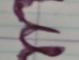
Signature authenticity: forged